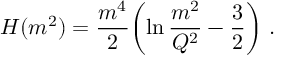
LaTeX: H ( m ^ { 2 } ) = { \frac { m ^ { 4 } } { 2 } } \biggl ( \ln { \frac { m ^ { 2 } } { Q ^ { 2 } } } - { \frac { 3 } { 2 } } \biggr ) \ .